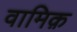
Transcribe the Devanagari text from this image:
वामिक़